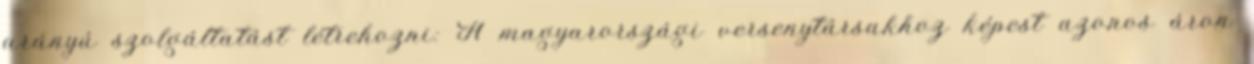
arányú szolgáltatást létrehozni: A magyarországi versenytársakhoz képest azonos áron